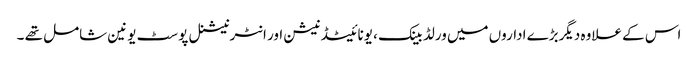
اس کے علاوہ دیگربڑے اداروں میں ورلڈ بینک ، یونائیٹڈ نیشن اور انٹرنیشنل پوسٹ یونین شامل تھے ۔